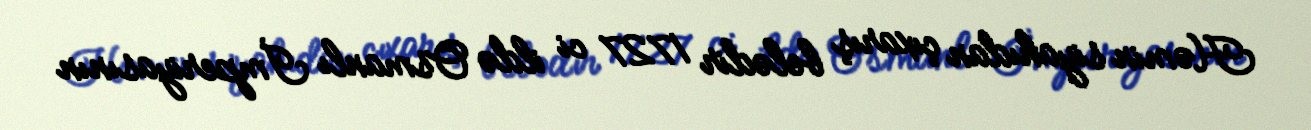
Həmin siyahıdan çıxarış belədir 1727 ci ildə Osmanlı İmperiyasının